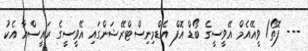
--- ފޮތޯ/ ވީއޭއެމް އޭވީސީގެ ބޯޑް އޮފް އެޑްމިނިސްޓްރޭޝަންގައި އޭވީސީގެ ރައީސްއާ އެކު